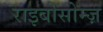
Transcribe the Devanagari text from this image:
राइबोसोम्ज़